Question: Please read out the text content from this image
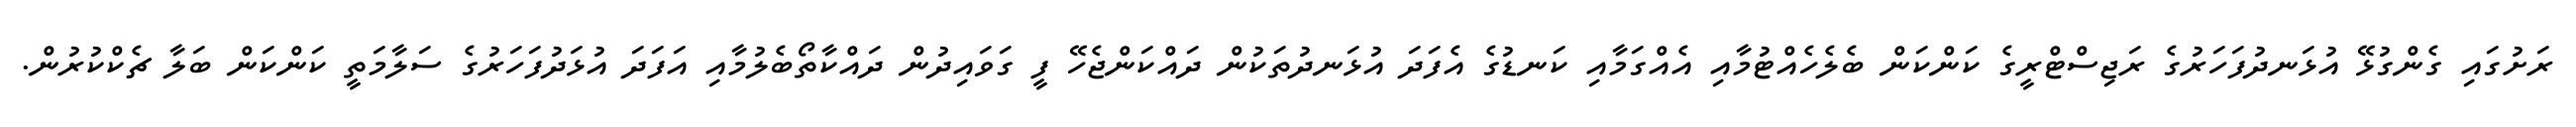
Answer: ރަށުގައި ގެންގުޅޭ އުޅަނދުފަހަރުގެ ރަޖިސްޓްރީގެ ކަންކަން ބެލެހެއްޓުމާއި އެއްގަމާއި ކަނޑުގެ އެފަދަ އުޅަނދުތަކުން ދައްކަންޖެހޭ ފީ ގަވައިދުން ދައްކާތޯބެލުމާއި އަފަދަ އުޅަދުފަހަރުގެ ސަލާމަތީ ކަންކަން ބަލާ ޗެކްކުރުން.